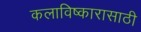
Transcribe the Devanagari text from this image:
कलाविष्कारासाठी